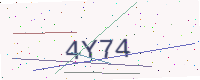
Text: 4Y74